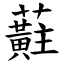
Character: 蘣